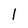
Character: 1